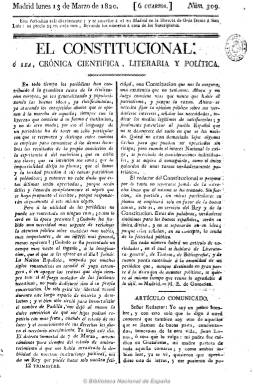
Título: El Constitucional o sea Crónica científica, literaria y política
Otros títulos: Crónica científica, literaria y política || Crónica científica, literaria y política
Colección: Periódicos anteriores a 1850
Ámbito geográfico: Madrid
Lugar de publicación: Madrid
Fechas: 13/03/1820-31/12/1820

Es el nuevo título que adopta Crónica científica y literaria, que había empezado a publicar el uno de abril de 1817 José Joaquín de Mora (1783-1864), y que también integra la colección hemerográfica de la Biblioteca Nacional de España. A partir del 13 de marzo de 1820, y siguiendo la secuencia numérica de su antecesor (número 309), la nueva cabecera se hace diaria (anteriormente salía los martes y viernes), incluyendo en la misma la palabra “política” y su carácter “constitucional”, tras la jura por Fernando VII de la Constitución gaditana, abriendo así el Trienio Liberal (1820-1823) y un nuevo periodo de libertad de imprenta. Sus entregas seguirán siendo de cuatro páginas, compuestas a dos columnas y estampadas en la madrileña Imprenta de Mateo Repullés.

A las secciones de literatura, ciencia, teatros, historia o economía, publica artículos doctrinales de carácter político, así como noticias de los acontecimientos que se estaban produciendo, tanto de ámbito nacional como internacional, especialmente europeo. También inserta los denominados artículos comunicados o remitidos, y correspondencia, cerrando siempre cada entrega con un epigrama. Se ha señalado que el periódico adopta una “avanzada ideología liberal”, la misma que la de su fundador, José Joaquín de Mora, que ahora se verá acompañado en las tareas de redacción por el escritor, periodista y diplomático Agustín de Letamendi (1793-1854) y el poeta, dramaturgo y también diplomático mejicano Manuel Eduardo de Gorostiza (1789-1851), que lo debió dirigir hasta el seis de mayo de ese año 1820, aunque también se señala que Félix Mejía (1776-1853) pudo así mismo ser redactor de este diario.

El periódico de José Joaquín de Mora fue otro claro exponente de la politización de los periódicos de carácter literario y científico cuya publicación había sido permitida durante ese primer periodo absolutista fernandino, caso que también experimentó Miscelánea de comercio, arte y literatura, que desde 1819 venía dirigiendo Francisco Javier de Burgos (1778-1848). Aun así, El Constitucional… no debió tener mucho éxito -pues “se vende todos los días, pero poco, ya que se pueden comprar por carros los números sobrantes en la librería de Orea”-, a juicio de La Periódico-manía (Madrid: 1820-1821).

La última entrega de este título es la número 309, correspondiente al 31 de diciembre de ese mismo año 1820. José Joaquín de Mora pasará entonces a la redacción del Correo general de Madrid (1820-1821), que dirigía el citado Manuel Eduardo de Gorostiza, y colaborando en otros, terminando exiliándose de nuevo, primero a Londres y después a Hispanoamérica, en donde fundó nuevos periódicos.